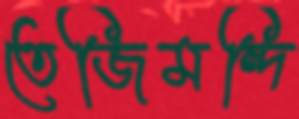
তেজিমন্দি